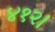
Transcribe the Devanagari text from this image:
४१२।